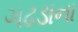
ગઢડાના